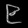
Digit: ၉